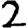
Digit: 2